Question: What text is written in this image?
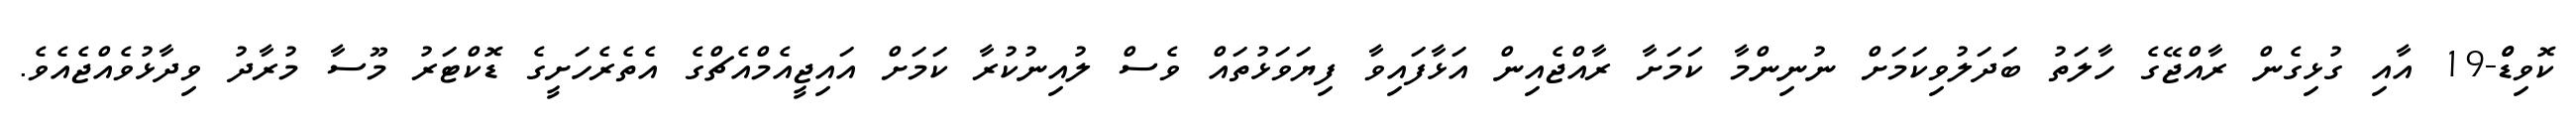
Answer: ކޮވިޑްް-19 އާއި ގުޅިގެން ރާއްޖޭގެ ހާލަތު ބަދަލުވިކަމަށް ނުނިންމާ ކަމަށާ ރާއްޖެއިން އަޅާފައިވާ ފިޔަވަޅުތައް ވެސް ލުއިނުކުރާ ކަމަށް އައިޖީއެމްއެޗްގެ އެތެރެހަށީގެ ޑޮކްޓަރު މޫސާ މުރާދު ވިދާޅުވެއްޖެއެވެ.